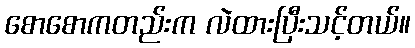
စောစောကတည်းက လဲထားပြီးသင့်တယ်။